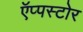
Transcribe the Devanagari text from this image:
ऍप्पस्टोर